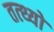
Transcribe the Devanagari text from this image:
तत्थ्यो